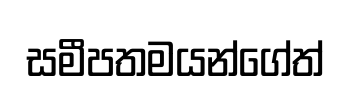
සමීපතමයන්ගේත්